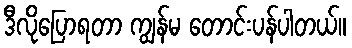
ဒီလိုပြောရတာ ကျွန်မ တောင်းပန်ပါတယ်။